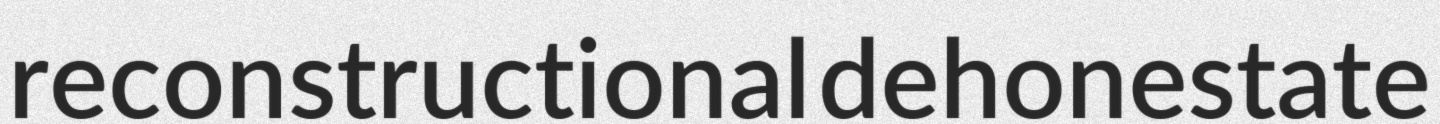
reconstructional dehonestate